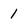
Character: 1